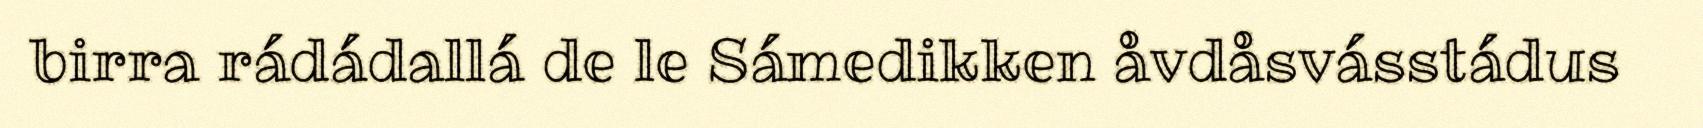
birra rádádallá de le Sámedikken åvdåsvásstádus